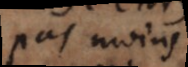
pas moins